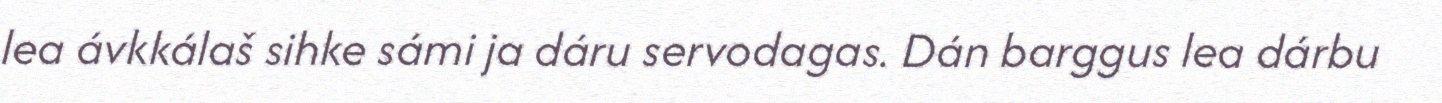
lea ávkkálaš sihke sámi ja dáru servodagas. Dán barggus lea dárbu